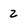
Character: 2